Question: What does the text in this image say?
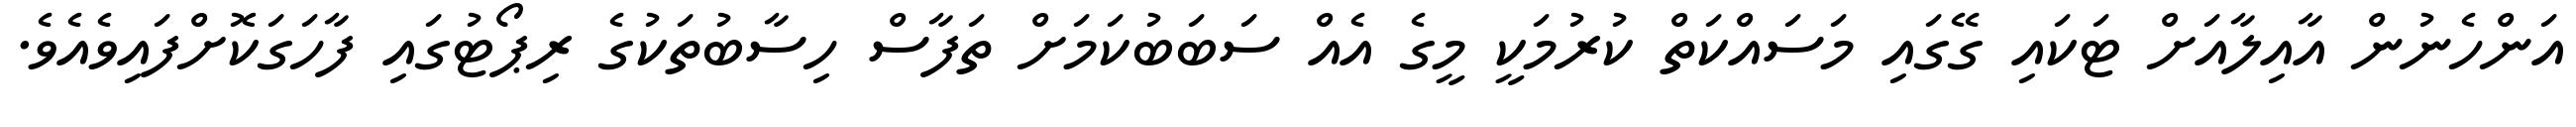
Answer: އަންހެނުން އާއިލާއަށް ޓަކައި ގޭގައި މަސައްކަތް ކުރުމަކީ މީގެ އެއް ސަބަބުކަމަށް ތަފާސް ހިސާބުތަކުގެ ރިޕޯޓުގައި ފާހަގަކޮށްފައިވެއެވެ.